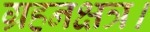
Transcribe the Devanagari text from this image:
ग्रहनक्षत्र।